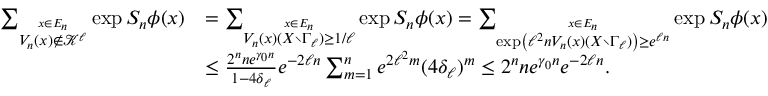
\begin{array} { r l } { \sum _ { \stackrel { x \in E _ { n } } { V _ { n } ( x ) \notin \mathcal K ^ { \ell } } } \exp S _ { n } \phi ( x ) } & { = \sum _ { \stackrel { x \in E _ { n } } { V _ { n } ( x ) ( X \setminus \Gamma _ { \ell } ) \geq 1 / \ell } } \exp S _ { n } \phi ( x ) = \sum _ { \stackrel { x \in E _ { n } } { \exp \left( \ell ^ { 2 } n V _ { n } ( x ) ( X \setminus \Gamma _ { \ell } ) \right) \geq e ^ { \ell n } } } \exp S _ { n } \phi ( x ) } \\ & { \leq \frac { 2 ^ { n } n e ^ { \gamma _ { 0 } n } } { 1 - 4 \delta _ { \ell } } e ^ { - 2 \ell n } \sum _ { m = 1 } ^ { n } e ^ { 2 \ell ^ { 2 } m } ( 4 \delta _ { \ell } ) ^ { m } \leq 2 ^ { n } n e ^ { \gamma _ { 0 } n } e ^ { - 2 \ell n } . } \end{array}